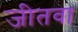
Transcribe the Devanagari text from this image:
जीतवा